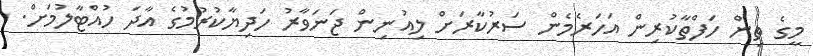
މީގެ ތިން ހަފްތާކުރިން އަހަރެމެން ސަރުކާރަށް ލިއުނިން ޖަނަވާރު ހަދިޔާކުރުމުގެ އާދަ ހުއްޓާލުމަށް.